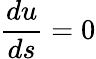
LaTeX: {\frac{du}{ds}}=0